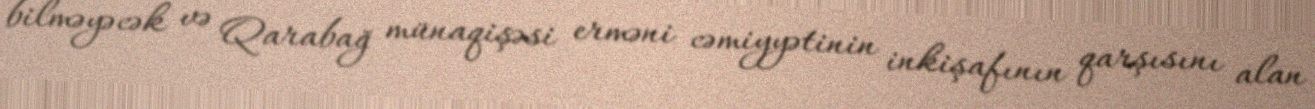
bilməyəcək və Qarabağ münaqişəsi erməni cəmiyyətinin inkişafının qarşısını alan